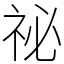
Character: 祕